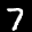
Label: 7